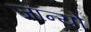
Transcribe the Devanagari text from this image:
जान्यो